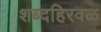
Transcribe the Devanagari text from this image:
शब्दहिरवळ